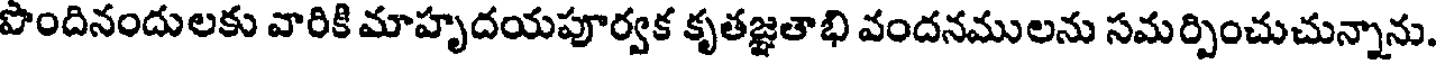
పొందినందులకు వారికి మాహృదయపూర్వక కృతజ్ఞతాభి వందనములను సమర్పించుచున్నాను.